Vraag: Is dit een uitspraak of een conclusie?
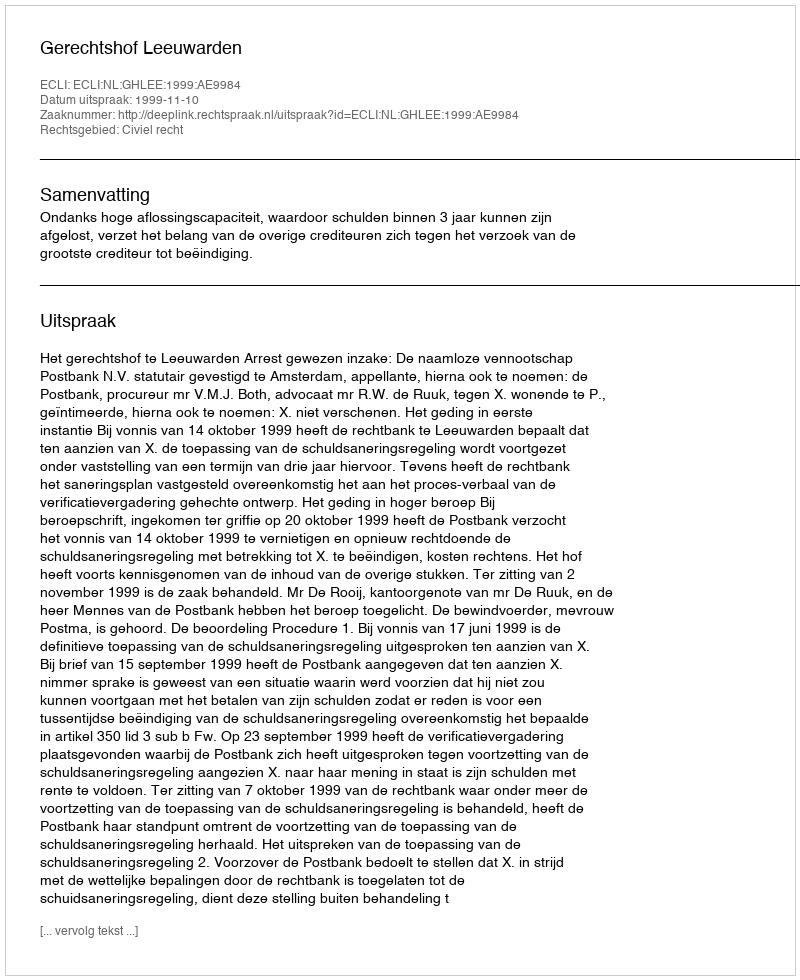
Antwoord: Uitspraak